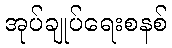
အုပ်ချုပ်ရေးစနစ်